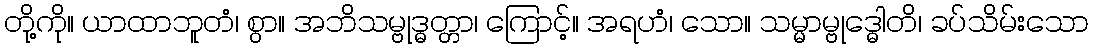
တို့ကို။ ယာထာဘူတံ၊ စွာ။ အဘိသမ္ဗုဒ္ဓတ္တာ၊ ကြောင့်။ အရဟံ၊ သော။ သမ္မာမ္ဗုဒ္ဓေါတိ၊ ခပ်သိမ်းသော